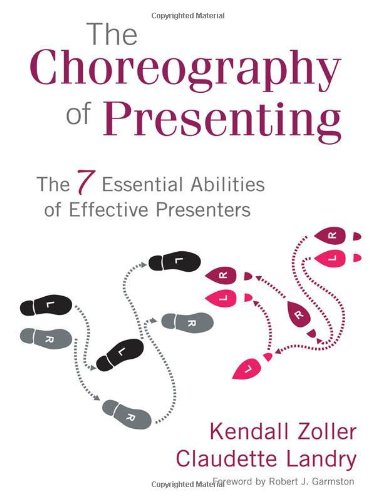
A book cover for The Choreography of Presenting: The 7 Essential Abilities of Effective Presenters; Kendall V. Zoller; Humor & Entertainment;